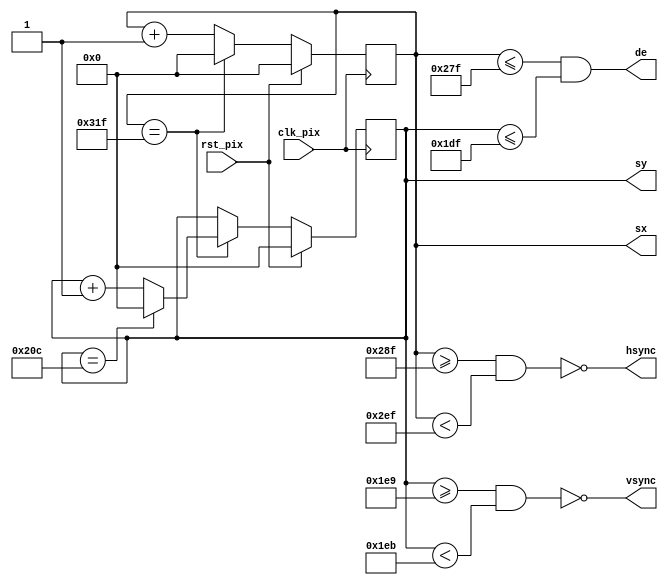
//----------------------------------------------
// VGA_Timing.v module
// Digilent Basys 3             
// Bee Invaders Tutorial_2
// Onboard clock 100MHz
// VGA Resolution: 640x480 @ 60Hz
// Pixel Clock 25.2MHz
//----------------------------------------------

`default_nettype none
`timescale 1ns / 1ps
	

module VGA_Timing (
	    input  wire clk_pix,   // pixel clock
	    input  wire rst_pix,   // reset in pixel clock domain
	    output reg [9:0] sx,   // horizontal screen position
	    output reg [9:0] sy,   // vertical screen position
	    output wire hsync,     // horizontal sync
	    output wire vsync,     // vertical sync
	    output wire de         // data enable (low in blanking interval)
	    );
	
	    // horizontal timings
	    parameter HA_END = 639;           // end of active pixels
	    parameter HS_STA = HA_END + 16;   // sync starts after front porch
	    parameter HS_END = HS_STA + 96;   // sync ends
	    parameter LINE   = 799;           // last pixel on line (after back porch)
	
	    // vertical timings
	    parameter VA_END = 479;           // end of active pixels
	    parameter VS_STA = VA_END + 10;   // sync starts after front porch
	    parameter VS_END = VS_STA + 2;    // sync ends
	    parameter SCREEN = 524;           // last line on screen (after back porch)

	    assign hsync = ~(sx >= HS_STA && sx < HS_END);  // invert: negative polarity
	    assign vsync = ~(sy >= VS_STA && sy < VS_END);  // invert: negative polarity
	    assign de = (sx <= HA_END && sy <= VA_END);
	    
	    // calculate horizontal and vertical screen position
	    always @(posedge clk_pix) begin
	        if (sx == LINE) begin  // last pixel on line?
	            sx <= 0;
	            sy <= (sy == SCREEN) ? 0 : sy + 1;  // last line on screen?
	        end else begin
	            sx <= sx + 1;
	        end
	        if (rst_pix) begin
	            sx <= 0;
	            sy <= 0;
	        end
	    end
	endmodule